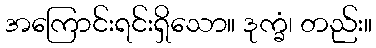
အကြောင်းရင်းရှိသော။ ဒုက္ခံ၊ တည်း။